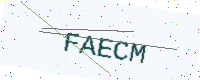
Text: FAECM